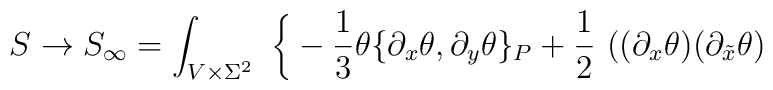
S \to S_\infty = \int_{V\times \Sigma^2} \  \bigg\{ - \frac{1}{3} \theta \{\partial_x \theta , \partial_y \theta \}_P + \frac{1}{2} \ ( (\partial_x \theta) (\partial_{\tilde x} \theta)